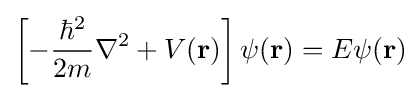
\left[-{\frac {\hbar ^{2}}{2m}}\nabla ^{2}+V(\mathbf {r} )\right]\psi (\mathbf {r} )=E\psi (\mathbf {r} )